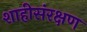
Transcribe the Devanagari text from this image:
शाहीसंरक्षण